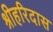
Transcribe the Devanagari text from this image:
श्रीहरिदास